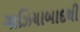
ગાઝિયાબાદથી